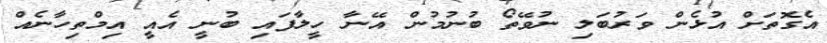
އެގޮތަށް އުޅެން ވަރުބަލި ނުވޭތޯ ބުނުމުން އޭނާ ހީލާފައި ބުނީ އެއީ އިމްތިހާނެއް